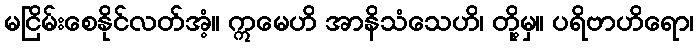
မငြိမ်းစေနိုင်လတ်အံ့။ ဣမေဟိ အာနိသံသေဟိ၊ တို့မှ။ ပရိဗာဟိရော၊